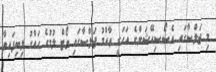
މި ޖަލްސާގައި އެސޯސިއޭޝަންގެ އަހަރީ ޢާއްމު ޖަލްސާގައި ވޯޓް ލުމުގެ ޙައްގު ލިބިފައިވާ